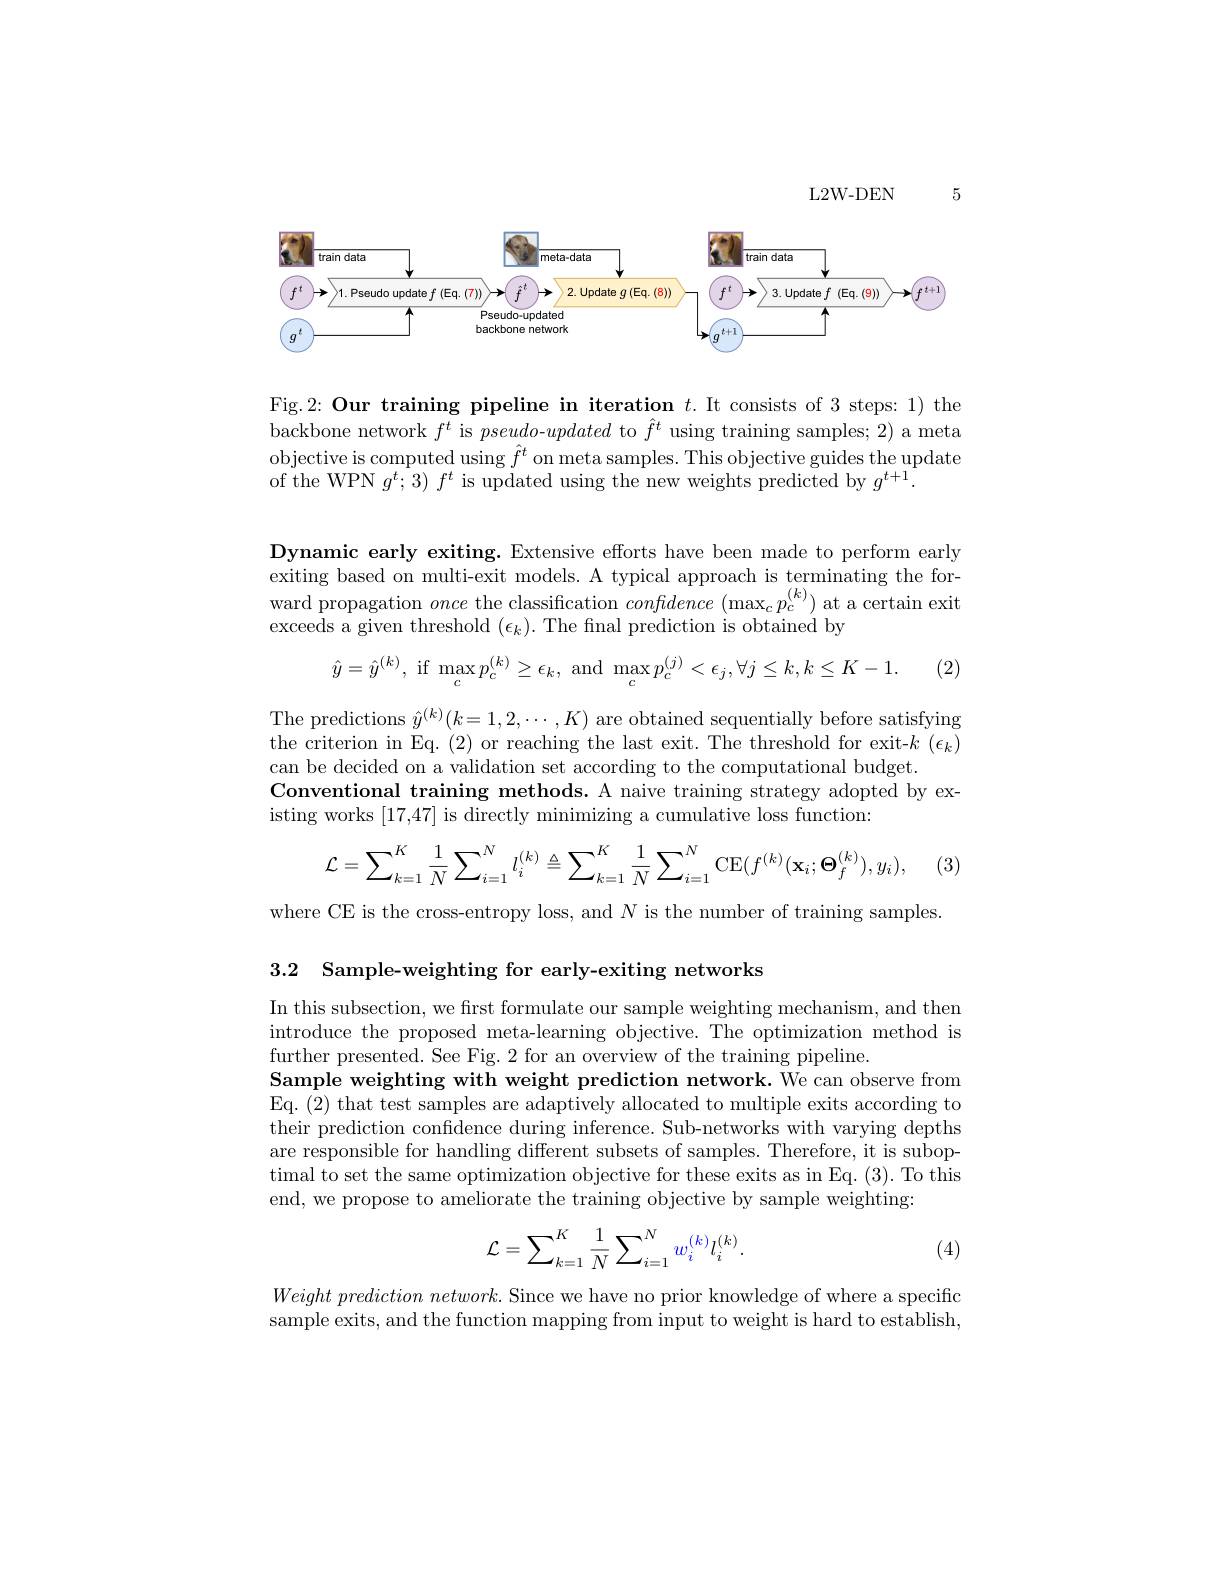
5

L2W-DEN

<FigureHere>

Fig.2: Our training pipeline in iteration $t.$ It consists of 3 steps: 1) the backbone network $f^t$ is pseudo-updated to $\hat{f}^t$ using training samples; 2) a meta objective is computed using $\hat{f}^t$ on meta samples. This objective guides the update of the WPN $g^{t}; 3) f^{t} $is updated using the new weights predicted by $g^{t+ 1}.$

Dynamic early exiting. Extensive efforts have been made to perform early exiting based on multi-exit models. A typical approach is terminating the forward propagation once the classification $confidence(\max_{c}p_{c}^{(k)})$ at a certain exit exceeds a given threshold $(\epsilon_k).$ The final prediction is obtained by
$$\hat{y}=\hat{y}^{(k)},\:\mathrm{if}\:\max_{c}p_{c}^{(k)}\geq\epsilon_{k},\:\mathrm{and}\:\max_{c}p_{c}^{(j)}<\epsilon_{j},\forall j\leq k,k\leq K-1.$$
The predictions $\hat{y}^{(k)}(k=1,2,\cdots,K)$ are obtained sequentially before satisfying the criterion in Eq. (2) or reaching the last exit. The threshold for exit-$k$ ($\epsilon_k)$ can be decided on a validation set according to the computational budget.
Conventional training methods. A naive training strategy adopted by ex-
isting works [17,47] is directly minimizing a cumulative loss function:
$$\mathcal{L}=\sum_{k=1}^{K}\frac{1}{N}\sum_{i=1}^{N}l_{i}^{(k)}\triangleq\sum_{k=1}^{K}\frac{1}{N}\sum_{i=1}^{N}\mathrm{CE}(f^{(k)}(\mathbf{x}_{i};\boldsymbol{\Theta}_{f}^{(k)}),y_{i}),$$
(3)

where CE is the cross-entropy loss, and $N$ is the number of training samples.

3.2 Sample-weighting for early-exiting networks

In this subsection, we first formulate our sample weighting mechanism, and then introduce the proposed meta-learning objective. The optimization method is further presented. See Fig. 2 for an overview of the training pipeline.
Sample weighting with weight prediction network. We can observe from Eq. (2) that test samples are adaptively allocated to multiple exits according to their prediction confidence during inference. Sub-networks with varying depths are responsible for handling different subsets of samples. Therefore, it is suboptimal to set the same optimization objective for these exits as in Eq. (3). To this end, we propose to ameliorate the training objective by sample weighting:
$$\mathcal{L}=\sum_{k=1}^K\frac{1}{N}\sum_{i=1}^Nw_i^{(k)}l_i^{(k)}.$$
(4)

$Weight prediction network. $Since we have no prior knowledge of where a specific sample exits, and the function mapping from input to weight is hard to establish,